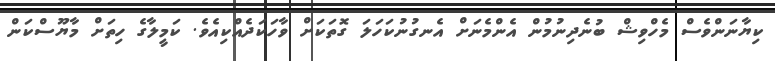
ކިޔާނަންވެސް މެހްވިޝް ބުނެދިނުމުން އެންމެނަށް އެނގުނުކަހަލަ ގޮތަކަށް ވާހަކަދެއްކިއެވެ. ކަމީލާގެ ހިތަށް މާޔޫސްކަން